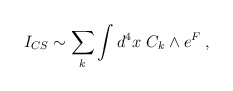
\begin{align*}I_{CS} \sim \sum_k \int d^4 x ~ C_k \wedge e^{F}\;,\end{align*}